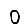
Digit: 0